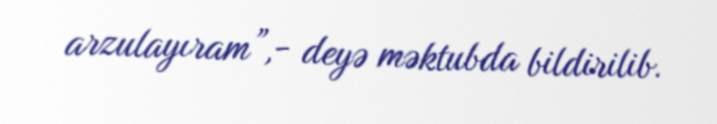
arzulayıram”,- deyə məktubda bildirilib.